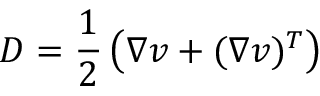
D = \frac { 1 } { 2 } \left( \nabla \boldsymbol { v } + ( \nabla \boldsymbol { v } ) ^ { T } \right)